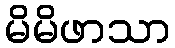
မိမိဖာသာ